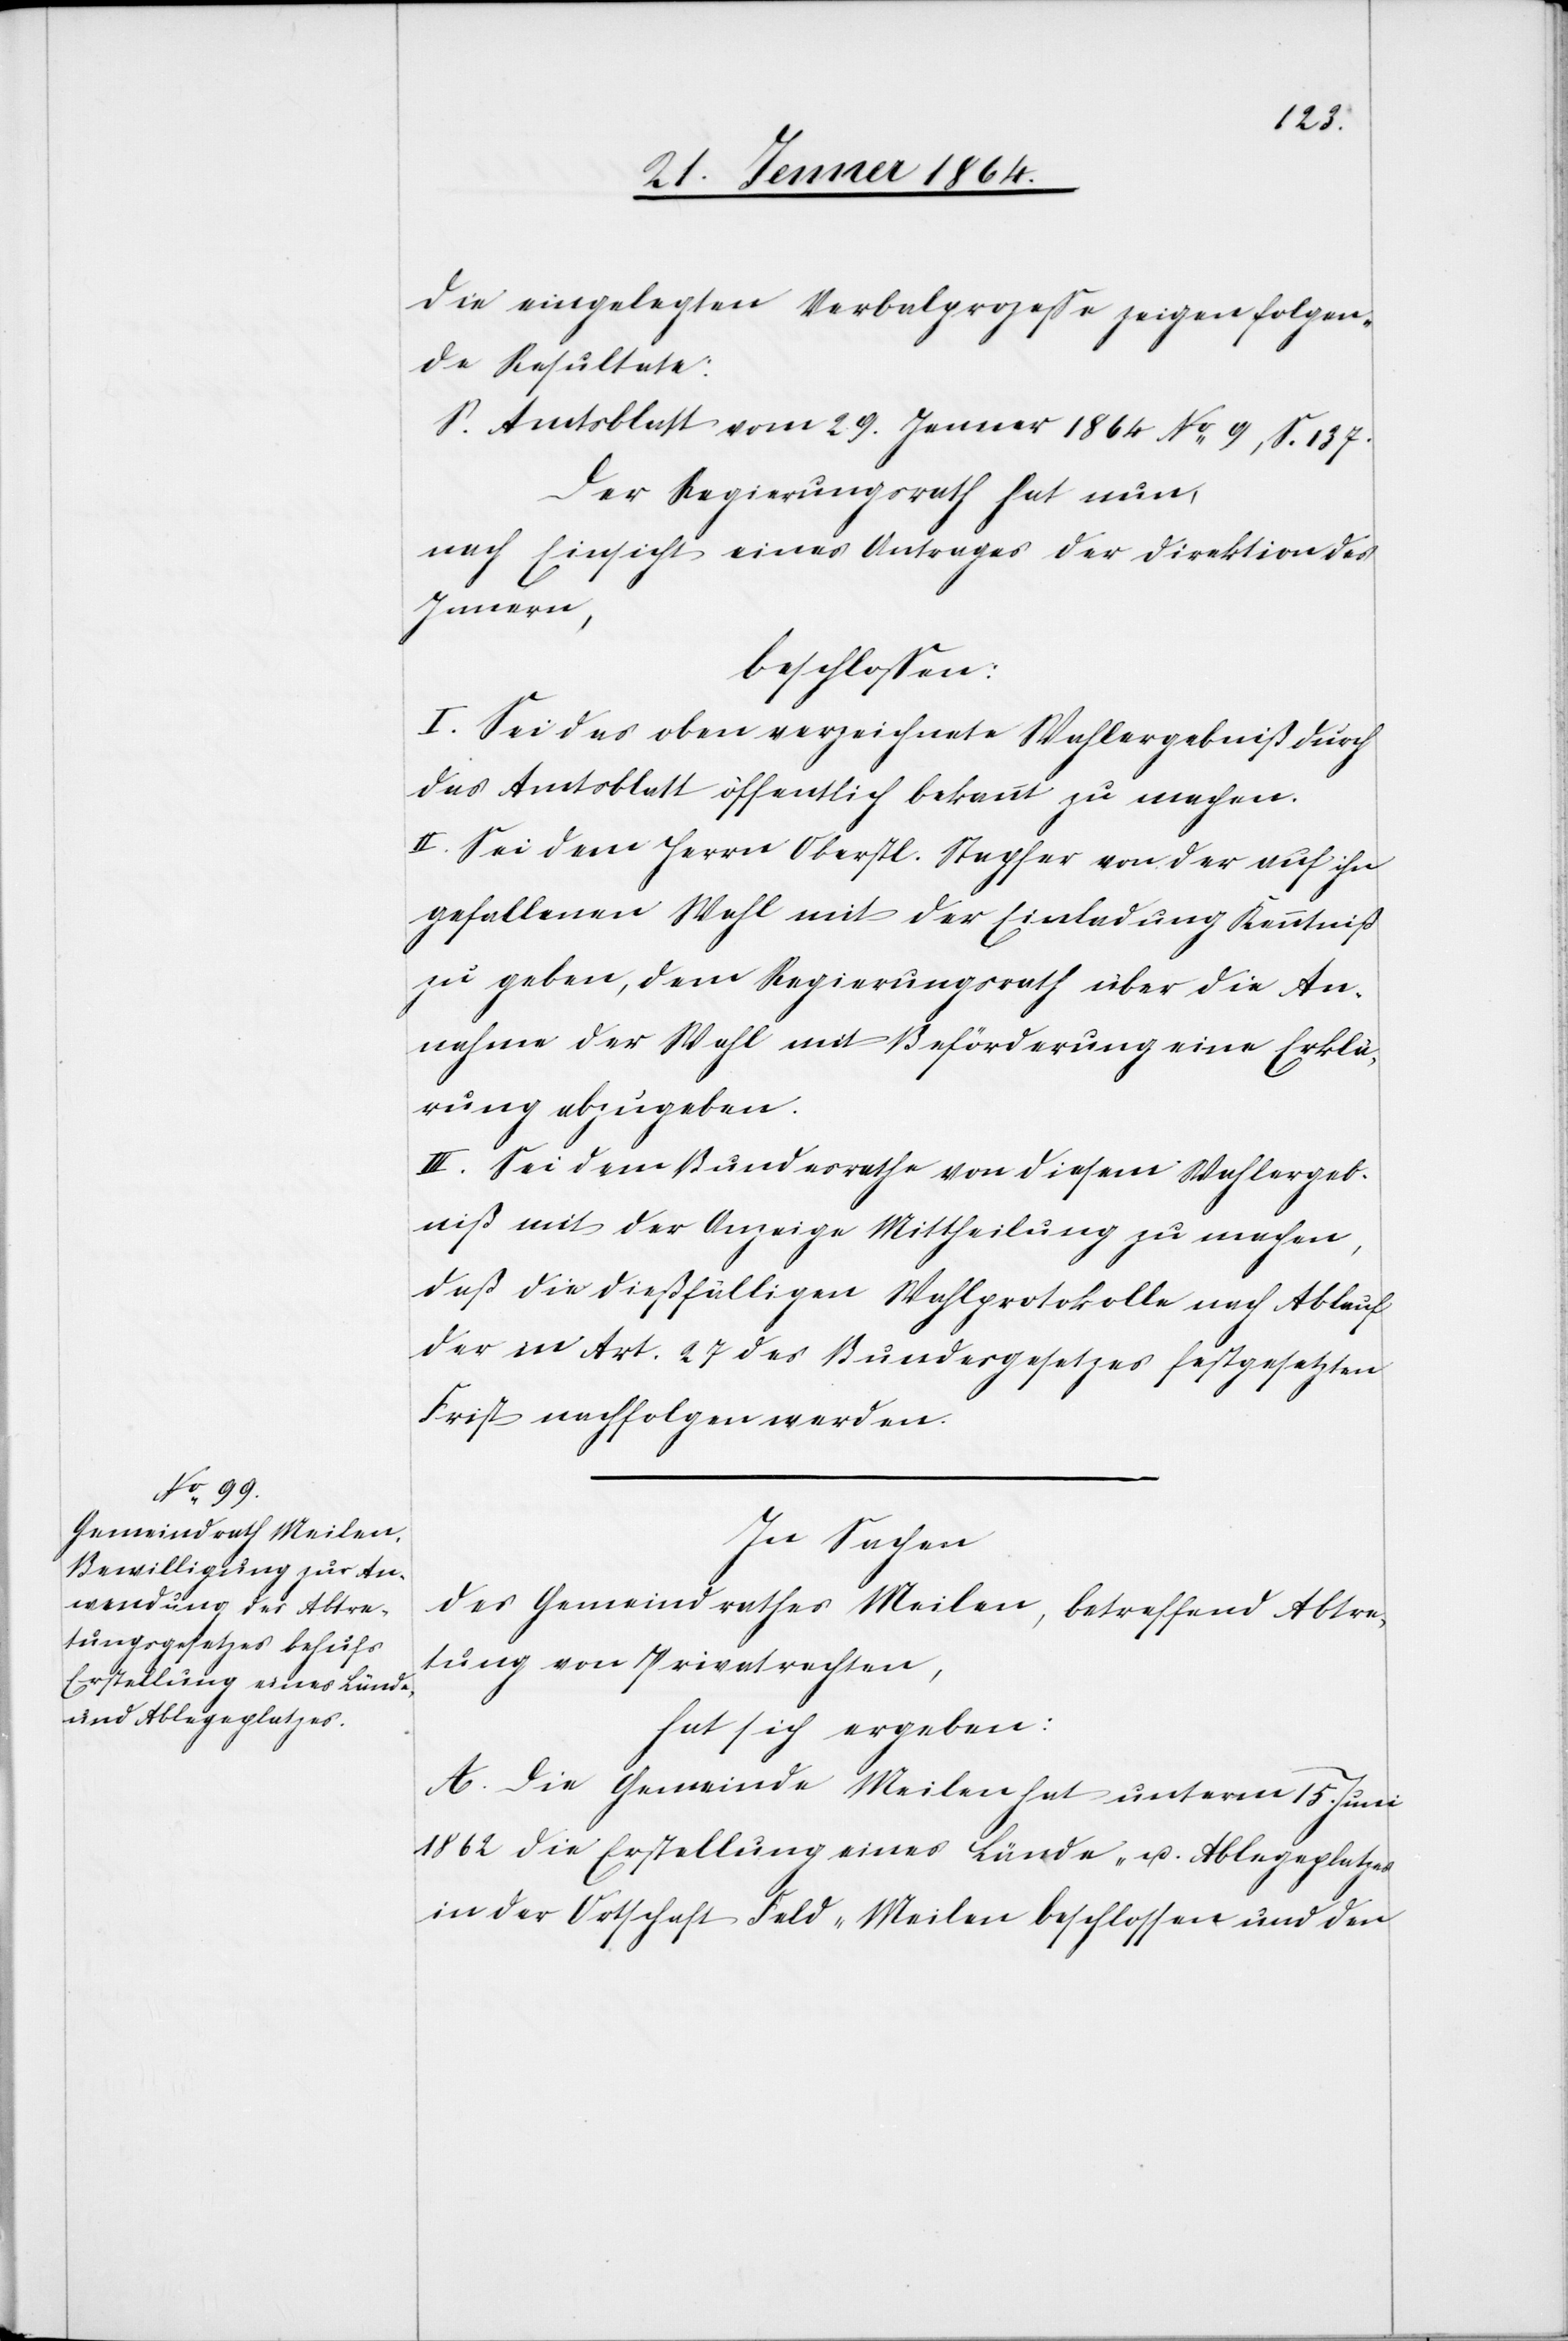
Die eingelegten Verbalprozesse zeigen folgen¬
de Resultate:
S. Amtsblatt vom 29. Jenner 1864 No 9, S. 137.
Der Regierungsrath hat nun,
nach Einsicht eines Antrages der Direktion des
Innern,
beschlossen:
I. Sei das oben verzeichnete Wahlergebniß durch
das Amtsblatt öffentlich bekannt zu machen.
II. Sei dem Herrn Oberstl. Stapfer von der auf ihn
gefallenen Wahl mit der Einladung Kenntniß
zu geben, dem Regierungsrath über die An¬
nahme der Wahl mit Beförderung eine Erklä¬
rung abzugeben.
III. Sei dem Bundesrathe von diesem Wahlergeb¬
niß mit der Anzeige Mittheilung zu machen,
daß die dießfälligen Wahlprotokolle nach Ablauf
der in Art. 27 des Bundesgesetzes festgesetzten
Frist nachfolgen werden.
In Sachen
des Gemeindrathes Meilen, betreffend Abtre¬
tung von Privatrechten,
hat sich ergeben:
A. Die Gemeinde Meilen hat unterm 15. Juni
1862 die Erstellung eines Lände- u. Ablageplatzes
in der Ortschaft Feld-Meilen beschlossen und den